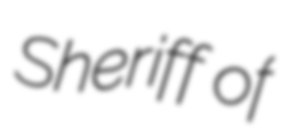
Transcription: Sheriff of